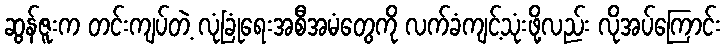
ဆွန်ဇူးက တင်းကျပ်တဲ့ လုံခြုံရေးအစီအမံတွေကို လက်ခံကျင့်သုံးဖို့လည်း လိုအပ်ကြောင်း